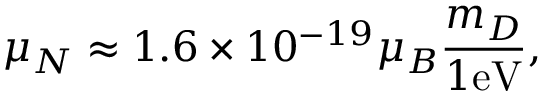
\mu _ { N } \approx 1 . 6 \times 1 0 ^ { - 1 9 } \mu _ { B } \frac { m _ { D } } { 1 \mathrm { e V } } ,